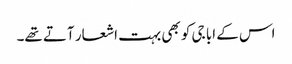
اس کے ابا جی کو بھی بہت اشعار آتے تھے۔